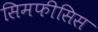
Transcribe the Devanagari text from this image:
सिमफीसिस